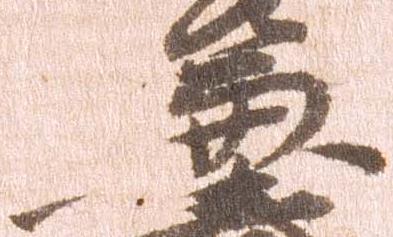
兼